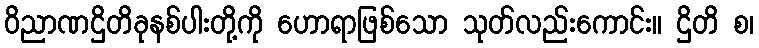
ဝိညာဏဌိတိခုနစ်ပါးတို့ကို ဟောရာဖြစ်သော သုတ်လည်းကောင်း။ ဌိတိ စ၊